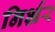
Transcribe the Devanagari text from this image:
निर्भ्रर